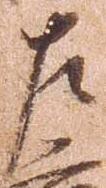
左